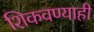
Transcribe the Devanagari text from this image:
शिकवण्याही